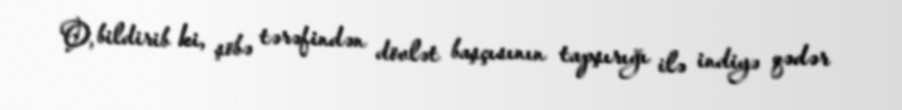
O, bildirib ki, şöbə tərəfindən dövlət başçısının tapşırığı ilə indiyə qədər